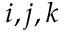
i , j , k